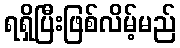
ရရှိပြီးဖြစ်လိမ့်မည်